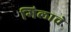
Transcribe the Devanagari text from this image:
गिलाचे